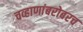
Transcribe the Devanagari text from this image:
चव्हाणांबरोबरच